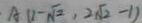
A ( 1 - \sqrt { 2 } , 2 \sqrt { 2 } - 1 )